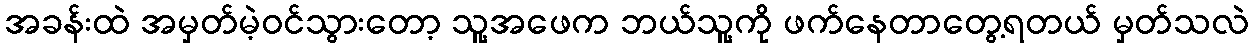
အခန်းထဲ အမှတ်မဲ့ဝင်သွားတော့ သူ့အဖေက ဘယ်သူ့ကို ဖက်နေတာတွေ့ရတယ် မှတ်သလဲ